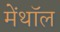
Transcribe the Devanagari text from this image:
मेंथॉल